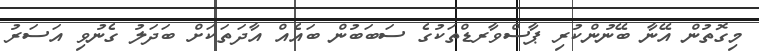
މިގޮތުން އޭނާ ބޭނުންކުރި ޕާސްވާރޑްތަކުގެ ސަބަބުން ބައެއް އާދަތަކަށް ބަދަލު ގެނުވި އަސަރު